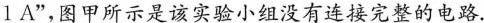
1A”，图甲所示是该实验小组没有连接完整的电路.